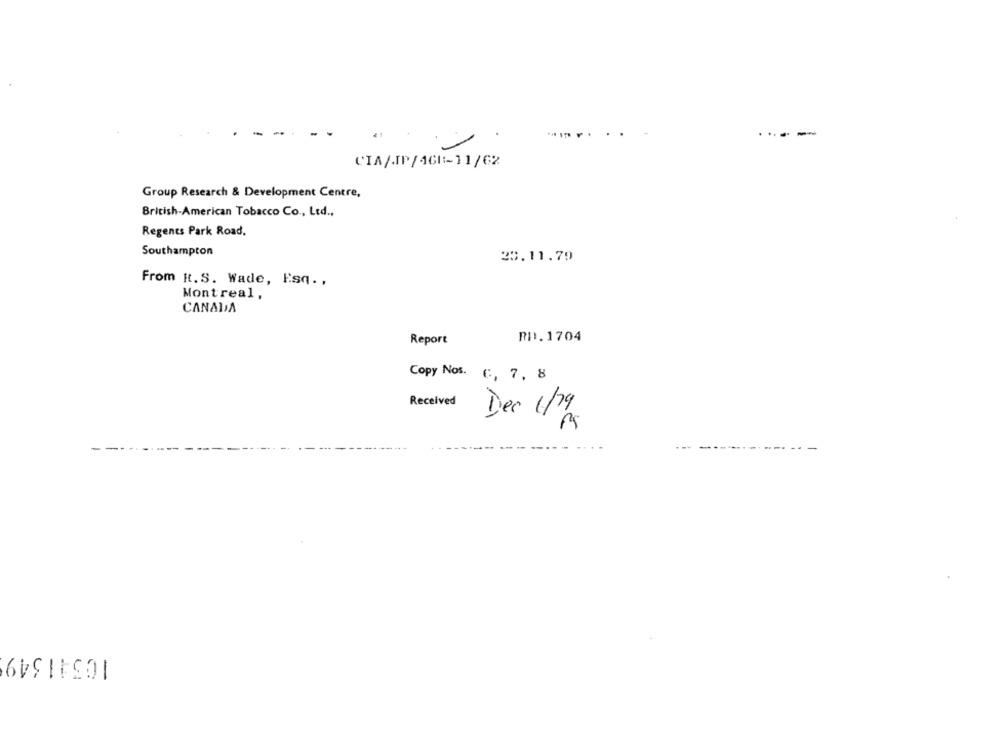
.....
CIA/JP/4GB-11/62
Group Research & Development Centre,
British-American Tobacco Co ., Ltd .,
Regents Park Road.
Southampton
23.11.79
From R.S. Wade, Esq .,
Montreal,
CANADA
Report
RD.1704
Copy Nos. (, 7, 8
Received
Dec 1/4
10341349